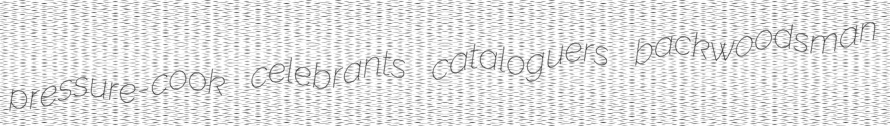
pressure-cook celebrants cataloguers backwoodsman